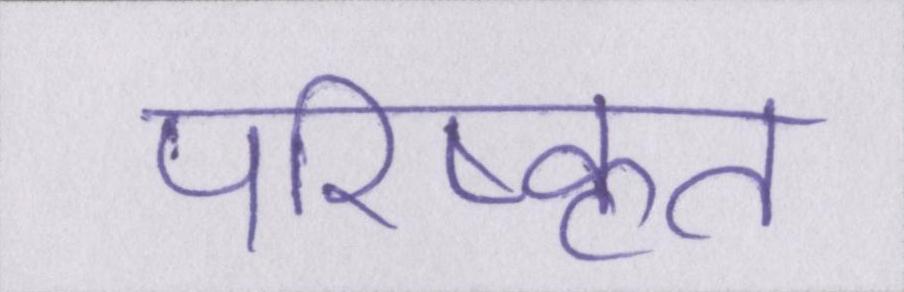
परिष्कृत